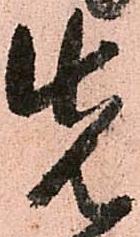
先